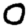
Digit: 0